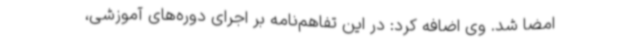
امضا شد. وی اضافه کرد: در این تفاهم‌نامه بر اجرای دوره‌های آموزشی،